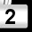
Digit: 2